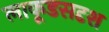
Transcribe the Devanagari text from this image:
लाकूडसदृश